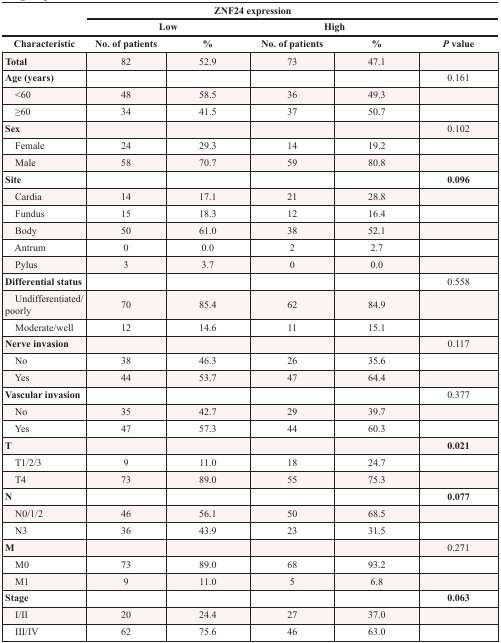
<table><thead><tr><td rowspan="2"></td><td colspan="4"><b>ZNF24 expression</b></td><td></td></tr><tr><td colspan="2"><b>Low</b></td><td colspan="2"><b>High</b></td><td></td></tr><tr><td><b>Characteristic</b></td><td><b>No. of patients</b></td><td><b>%</b></td><td><b>No. of patients</b></td><td><b>%</b></td><td><b><i>P</i> value</b></td></tr></thead><tbody><tr><td><b>Total</b></td><td>82</td><td>52.9</td><td>73</td><td>47.1</td><td></td></tr><tr><td><b>Age (years)</b></td><td></td><td></td><td></td><td></td><td>0.161</td></tr><tr><td> &lt;60</td><td>48</td><td>58.5</td><td>36</td><td>49.3</td><td></td></tr><tr><td> ≥60</td><td>34</td><td>41.5</td><td>37</td><td>50.7</td><td></td></tr><tr><td><b>Sex</b></td><td></td><td></td><td></td><td></td><td>0.102</td></tr><tr><td> Female</td><td>24</td><td>29.3</td><td>14</td><td>19.2</td><td></td></tr><tr><td> Male</td><td>58</td><td>70.7</td><td>59</td><td>80.8</td><td></td></tr><tr><td><b>Site</b></td><td></td><td></td><td></td><td></td><td><b>0.096</b></td></tr><tr><td> Cardia</td><td>14</td><td>17.1</td><td>21</td><td>28.8</td><td></td></tr><tr><td> Fundus</td><td>15</td><td>18.3</td><td>12</td><td>16.4</td><td></td></tr><tr><td> Body</td><td>50</td><td>61.0</td><td>38</td><td>52.1</td><td></td></tr><tr><td> Antrum</td><td>0</td><td>0.0</td><td>2</td><td>2.7</td><td></td></tr><tr><td> Pylus</td><td>3</td><td>3.7</td><td>0</td><td>0.0</td><td></td></tr><tr><td><b>Differential status</b></td><td></td><td></td><td></td><td></td><td>0.558</td></tr><tr><td> Undifferentiated/poorly</td><td>70</td><td>85.4</td><td>62</td><td>84.9</td><td></td></tr><tr><td> Moderate/well</td><td>12</td><td>14.6</td><td>11</td><td>15.1</td><td></td></tr><tr><td><b>Nerve invasion</b></td><td></td><td></td><td></td><td></td><td>0.117</td></tr><tr><td> No</td><td>38</td><td>46.3</td><td>26</td><td>35.6</td><td></td></tr><tr><td> Yes</td><td>44</td><td>53.7</td><td>47</td><td>64.4</td><td></td></tr><tr><td><b>Vascular invasion</b></td><td></td><td></td><td></td><td></td><td>0.377</td></tr><tr><td> No</td><td>35</td><td>42.7</td><td>29</td><td>39.7</td><td></td></tr><tr><td> Yes</td><td>47</td><td>57.3</td><td>44</td><td>60.3</td><td></td></tr><tr><td><b>T</b></td><td></td><td></td><td></td><td></td><td><b>0.021</b></td></tr><tr><td> T1/2/3</td><td>9</td><td>11.0</td><td>18</td><td>24.7</td><td></td></tr><tr><td> T4</td><td>73</td><td>89.0</td><td>55</td><td>75.3</td><td></td></tr><tr><td><b>N</b></td><td></td><td></td><td></td><td></td><td><b>0.077</b></td></tr><tr><td> N0/1/2</td><td>46</td><td>56.1</td><td>50</td><td>68.5</td><td></td></tr><tr><td> N3</td><td>36</td><td>43.9</td><td>23</td><td>31.5</td><td></td></tr><tr><td><b>M</b></td><td></td><td></td><td></td><td></td><td>0.271</td></tr><tr><td> M0</td><td>73</td><td>89.0</td><td>68</td><td>93.2</td><td></td></tr><tr><td> M1</td><td>9</td><td>11.0</td><td>5</td><td>6.8</td><td></td></tr><tr><td><b>Stage</b></td><td></td><td></td><td></td><td></td><td><b>0.063</b></td></tr><tr><td> I/II</td><td>20</td><td>24.4</td><td>27</td><td>37.0</td><td></td></tr><tr><td> III/IV</td><td>62</td><td>75.6</td><td>46</td><td>63.0</td><td></td></tr></tbody></table>